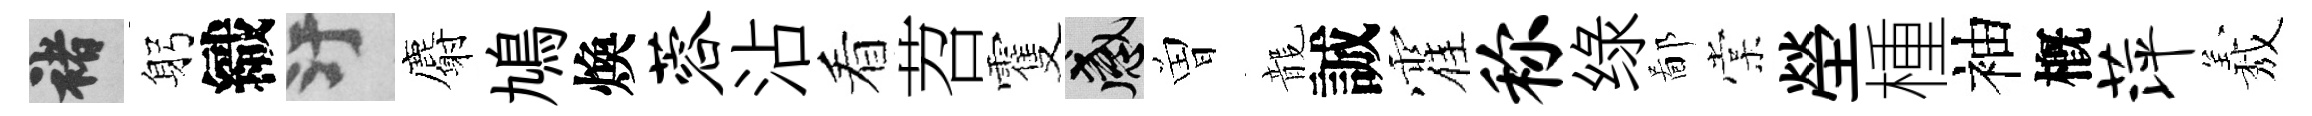
褚躬織污麝鳩煥蓉沾看苕䨥感曽龍誠霍称绿鄙棠塋㮔袖槪萍𦏁